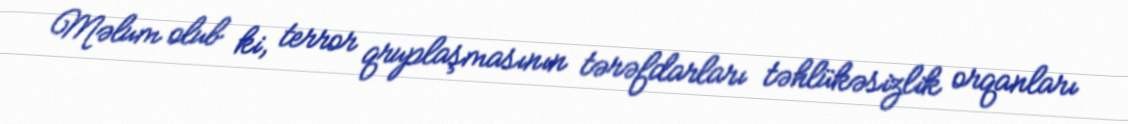
Məlum olub ki, terror qruplaşmasının tərəfdarları təhlükəsizlik orqanları